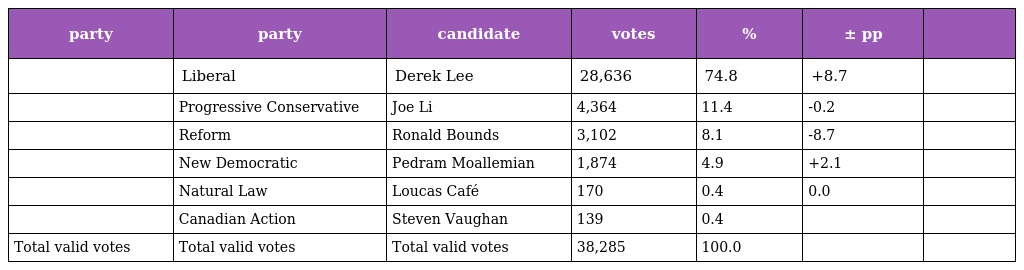
| party | party | candidate | votes | % | ± pp |  |
 | --- | --- | --- | --- | --- | --- | --- |
 |  | Liberal | Derek Lee | 28,636 | 74.8 | +8.7 |  |
 |  | Progressive Conservative | Joe Li | 4,364 | 11.4 | -0.2 |  |
 |  | Reform | Ronald Bounds | 3,102 | 8.1 | -8.7 |  |
 |  | New Democratic | Pedram Moallemian | 1,874 | 4.9 | +2.1 |  |
 |  | Natural Law | Loucas Café | 170 | 0.4 | 0.0 |  |
 |  | Canadian Action | Steven Vaughan | 139 | 0.4 |  |  |
 | Total valid votes | Total valid votes | Total valid votes | 38,285 | 100.0 |  |  |